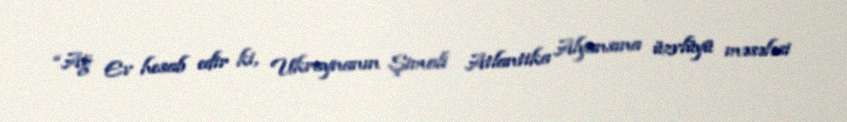
“Ağ Ev hesab edir ki, Ukraynanın Şimali Atlantika Alyansına üzvlüyü məsələsi